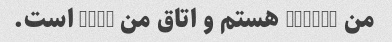
من molopo هستم و اتاق من 5022 است.